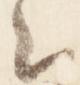
云